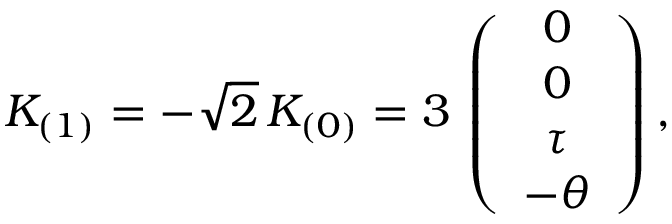
K _ { ( 1 ) } = - \sqrt { 2 } \, K _ { ( 0 ) } = 3 \, \left( \begin{array} { c } { { 0 } } \\ { { 0 } } \\ { { \tau } } \\ { { - \theta } } \end{array} \right) ,